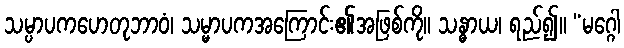
သမ္ပာပကဟေတုဘာဝံ၊ သမ္မာပကအကြောင်း၏အဖြစ်ကို။ သန္ဓာယ၊ ရည်၍။ “မဂ္ဂေါ